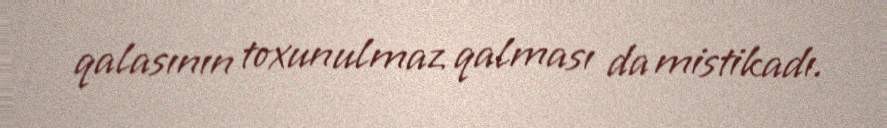
qalasının toxunulmaz qalması da mistikadı.